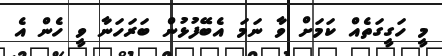
މީ ހަގީގަތެއް ކަމަށް ވާ ނަމަ އެބޭފުޅުން ބަރަހަނާ ވީ ހެން އެ